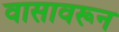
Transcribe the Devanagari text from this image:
वासावरून